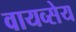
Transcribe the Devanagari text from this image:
वायव्सेय